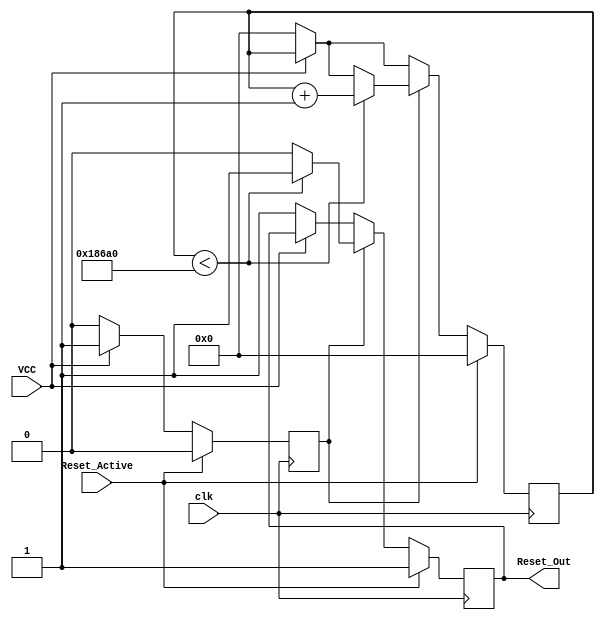
module PowerOnReset (
    input wire VCC,                // Power supply voltage signal
    input wire Reset_Active,       // Control signal to reset the system
    input wire clk,                // Clock signal for timing
    output reg Reset_Out           // Reset output signal
);

// Parameters
parameter RESET_DURATION = 100_000; // Duration for reset in clock cycles (adjust as needed)
parameter THRESHOLD_VCC = 1'b1;      // Threshold for VCC to be considered stable

// State variables
reg [31:0] counter;                  // Counter for reset duration
reg vcc_stable;                      // Indicates if VCC is stable

// Initial conditions
initial begin
    Reset_Out = 1'b1;               // Active reset on power-up
    counter = 32'b0;                 // Initialize counter
    vcc_stable = 1'b0;               // VCC is initially not stable
end

always @(posedge clk) begin
    if (Reset_Active) begin
        Reset_Out <= 1'b1;          // Maintain reset if active
        counter <= 32'b0;            // Reset counter if forced reset
        vcc_stable <= 1'b0;           // VCC is not stable
    end else begin
        // Monitor VCC stability
        if (VCC == THRESHOLD_VCC) begin
            vcc_stable <= 1'b1;       // VCC is stable
        end else begin
            vcc_stable <= 1'b0;       // VCC is not stable
            Reset_Out <= 1'b1;        // Enforce reset if VCC is unstable
            counter <= 32'b0;         // Reset counter if VCC drops
        end
        
        // Check if VCC is stable and counter is not active
        if (vcc_stable) begin
            if (counter < RESET_DURATION) begin
                counter <= counter + 1; // Increment counter during reset duration
                Reset_Out <= 1'b1;      // Keep reset active
            end else begin
                Reset_Out <= 1'b0;      // Deassert reset after duration
            end
        end
    end
end

endmodule